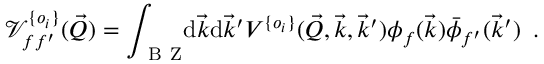
\mathcal V _ { f f ^ { \prime } } ^ { \{ o _ { i } \} } ( \vec { Q } ) = \int _ { \mathrm { ~ B ~ Z ~ } } \! \! \! \mathrm { d } \vec { k } \mathrm { d } \vec { k } ^ { \prime } V ^ { \{ o _ { i } \} } ( \vec { Q } , \vec { k } , \vec { k } ^ { \prime } ) \phi _ { f } ( \vec { k } ) \bar { \phi } _ { f ^ { \prime } } ( \vec { k } ^ { \prime } ) \, \mathrm { ~ . ~ }